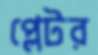
প্লেটর